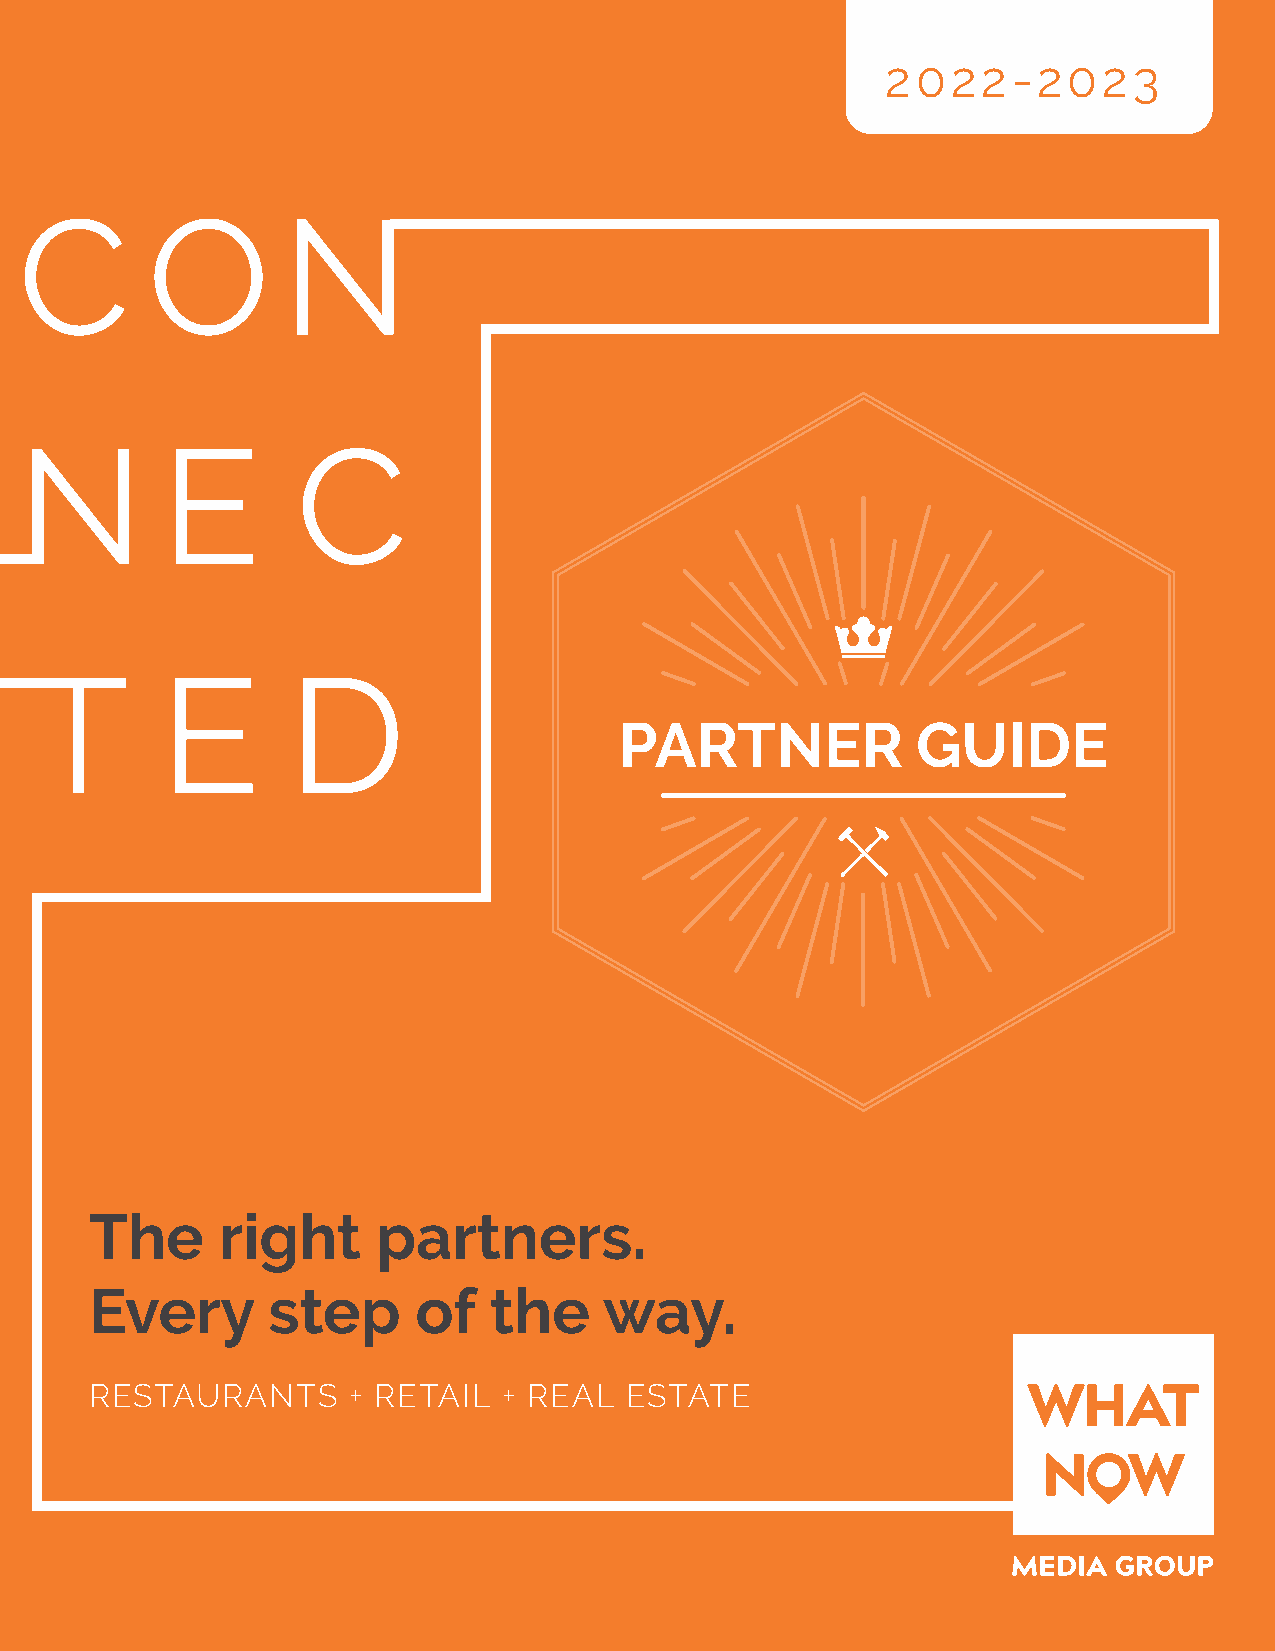
2022-2023
 C        O        N
 N         E        C
 T        E       D
 PARTNER             GUIDE
 The     right      partners.
 Every       step      of  the     way.
 RESTAURANTS      + RETAIL  + REAL  ESTATE